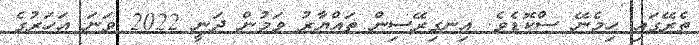
ތެރޭގައި ހިމެނޭ ސްކޮޑެވެ. އިނގިރޭސިން ތައްޔާރު ވަމުން ދަނީ 2022 ވަނަ އަހަރުގެ